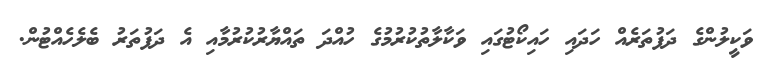
ވަކީލުންގެ ދަފުތަރެއް ހަދައި ހައިކޯޓުގައި ވަކާލާތުކުރުމުގެ ހުއްދަ ތައްޔާރުކުރުމާއި އެ ދަފުތަރު ބެލެހެއްޓުން.